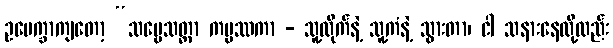
ဥပေက္ခာကျတော့ “သဗ္ဗေသတ္တာ ကမ္မဿကာ - သူ့ထိုက်နဲ့ သူ့ကံနဲ့ သွားတာ၊ ငါ သနားနေလို့လည်း